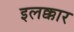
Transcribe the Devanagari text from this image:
इलक्कार